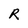
Character: R